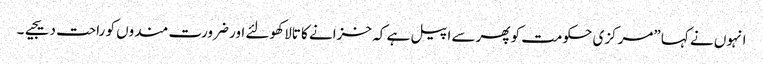
انہوں نے کہا ”مرکزی حکومت کو پھرسے اپیل ہے کہ خزانے کا تالا کھولئے اور ضرورت مندوں کو راحت دیجیے۔